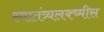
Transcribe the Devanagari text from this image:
स्वातंत्र्यलक्ष्मीस